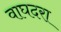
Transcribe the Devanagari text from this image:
वाघदरा